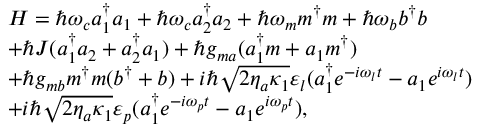
\begin{array} { r l } & { H = \hslash \omega _ { c } a _ { 1 } ^ { \dagger } a _ { 1 } + \hslash \omega _ { c } a _ { 2 } ^ { \dagger } a _ { 2 } + \hslash \omega _ { m } m ^ { \dagger } m + \hslash \omega _ { b } b ^ { \dagger } b } \\ & { + \hslash J ( a _ { 1 } ^ { \dagger } a _ { 2 } + a _ { 2 } ^ { \dagger } a _ { 1 } ) + \hslash g _ { m a } ( a _ { 1 } ^ { \dagger } m + a _ { 1 } m ^ { \dagger } ) } \\ & { + \hslash g _ { m b } m ^ { \dagger } m ( b ^ { \dagger } + b ) + i \hslash \sqrt { 2 \eta _ { a } \kappa _ { 1 } } \varepsilon _ { l } ( a _ { 1 } ^ { \dagger } e ^ { - i \omega _ { l } t } - a _ { 1 } e ^ { i \omega _ { l } t } ) } \\ & { + i \hslash \sqrt { 2 \eta _ { a } \kappa _ { 1 } } \varepsilon _ { p } ( a _ { 1 } ^ { \dagger } e ^ { - i \omega _ { p } t } - a _ { 1 } e ^ { i \omega _ { p } t } ) , } \end{array}